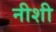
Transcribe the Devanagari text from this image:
नीशी